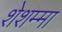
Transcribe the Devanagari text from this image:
शेशम्मा